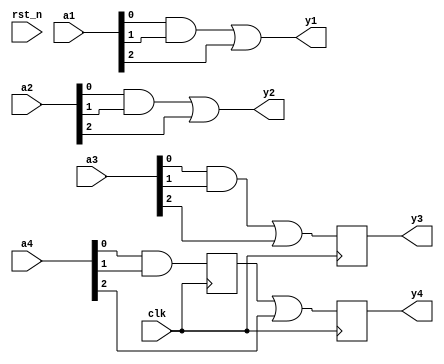
// yosys -p "prep -top blocking_vs_nonblocking -flatten; write_json output.json" blocking_vs_nonblocking.v
// blocking comb
module blocking_vs_nonblocking (
    input wire clk,         //! input clock
    input wire rst_n,       //! active-low asynchronous reset
    input wire [2:0] a1,
    output reg y1,
    input wire [2:0] a2,
    output reg y2,
    input wire [2:0] a3,
    output reg y3,
    input wire [2:0] a4,
    output reg y4
);
    reg m1, m2, m3, m4;

    // blocking combinatorial
    always@(*) begin
        // increment clock pulses
        m1 = a1[0] & a1[1];
        y1 = m1 | a1[2];
    end
    // non-blocking combinatorial
    always@(*) begin
        // increment clock pulses
        m2 <= a2[0] & a2[1];
        y2 <= m2 | a2[2];
    end
    // blocking sequential
    always@(posedge clk) begin
        // increment clock pulses
        m3 = a3[0] & a3[1];
        y3 = m3 | a3[2];
    end
    // non-blocking sequential
    always@(posedge clk) begin
        // increment clock pulses
        m4 <= a4[0] & a4[1];
        y4 <= m4 | a4[2];
    end

endmodule